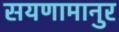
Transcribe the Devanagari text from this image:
सयणामानुर